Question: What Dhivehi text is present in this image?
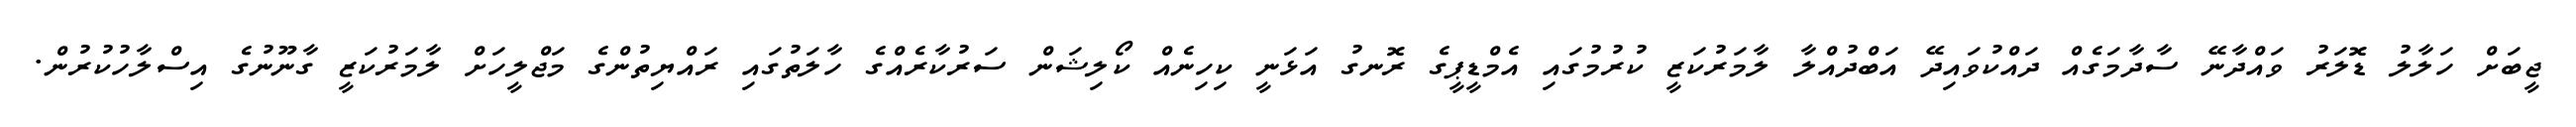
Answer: ޖީބަށް ހަލާލު ޑޮލަރު ވައްދާނޭ ސާދާމަގެއް ދައްކުވައިދޭ އަބްދުއްލާ ލާމަރުކަޒީ ކުރުމުގައި އެމްޑީޕީގެ ރޮނގު އަޅަނީ ކިހިނެއް ކޯލިޝަން ސަރުކާރެއްގެ ހާލަތުގައި ރައްޔިތުންގެ މަޖްލީހަށް ލާމަރުކަޒީ ގާނޫނުގެ އިސްލާހުކުރުން.